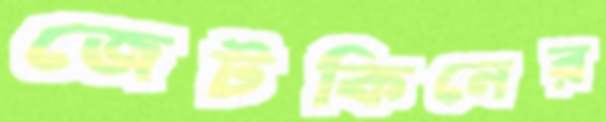
জেটকিনের